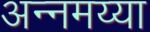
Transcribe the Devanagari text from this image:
अन्नमय्या